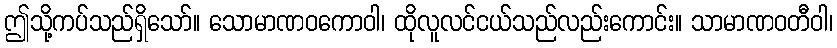
ဤသို့ကပ်သည်ရှိသော်။ သောမာဏဝကောဝါ၊ ထိုလူလင်ငယ်သည်လည်းကောင်း။ သာမာဏဝတီဝါ၊